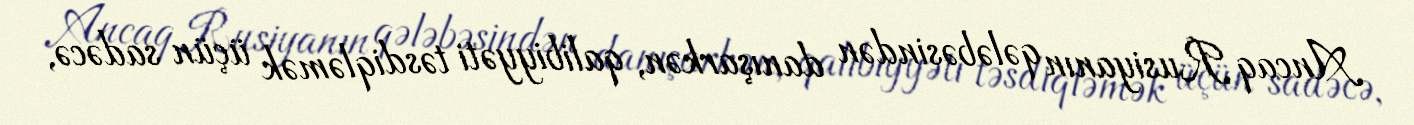
Ancaq Rusiyanın qələbəsindən danışarkən, qalibiyyəti təsdiqləmək üçün sadəcə,